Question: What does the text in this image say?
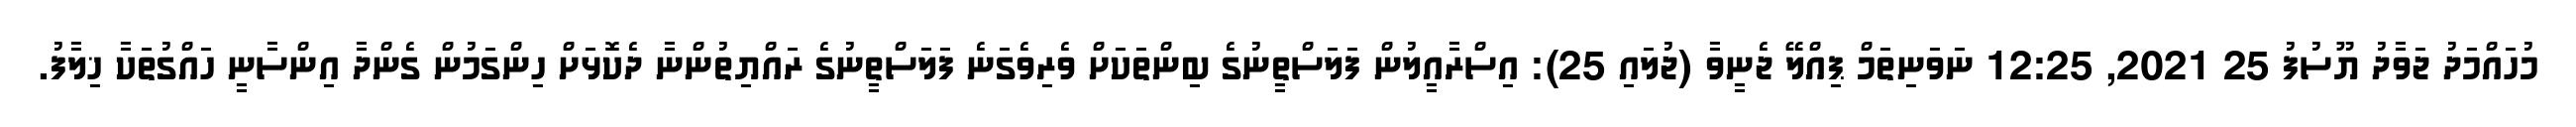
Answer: މުހައްމަދު ޖަވާދު ޔޫސުފު 25 2021, 12:25 ނަވަނިތަމް ޕިއްލޭ ޖެނީވާ (ޖުލައި 25): އިސްރާއީލުން ފަލަސްތީނުގެ ބިންތަކަށް ވެރިވެގަނެ ފަލަސްތީނުގެ ރައްޔިތުންނާ ދެކޮޅަށް ހިންގަމުން ގެންދާ އިންސާނީ ހައްގުތަކާ ޚިލާފު.